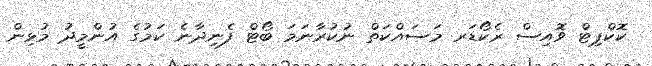
ކޮކްޕިޓް ވޮއިސް ރެކޯޑަރ މަސައްކަތް ނުކުރާނަމަ ބޯޓް ފެނިދާނެ ކަމުގެ އުންމީދު މުޅިން